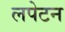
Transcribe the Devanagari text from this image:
लपेटन